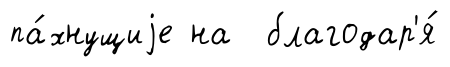
па́хнущиjе на благодар'я́